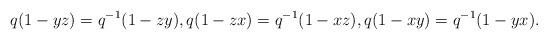
LaTeX: \begin{align*}q(1-yz) = q^{-1}(1-zy), q(1-zx) = q^{-1}(1-xz), q(1-xy) = q^{-1}(1-yx).\end{align*}